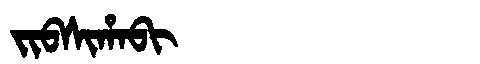
Manchu: ᠵᡳᠪᠰᡳᡥᠠᠪᡳ
Romanization: JIBSIHABI